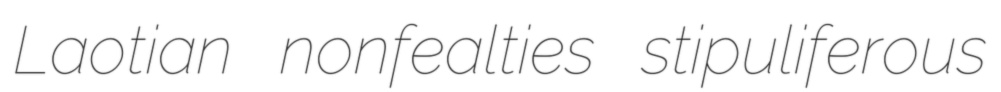
Laotian nonfealties stipuliferous